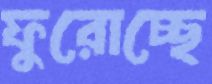
ফুরোচ্ছে